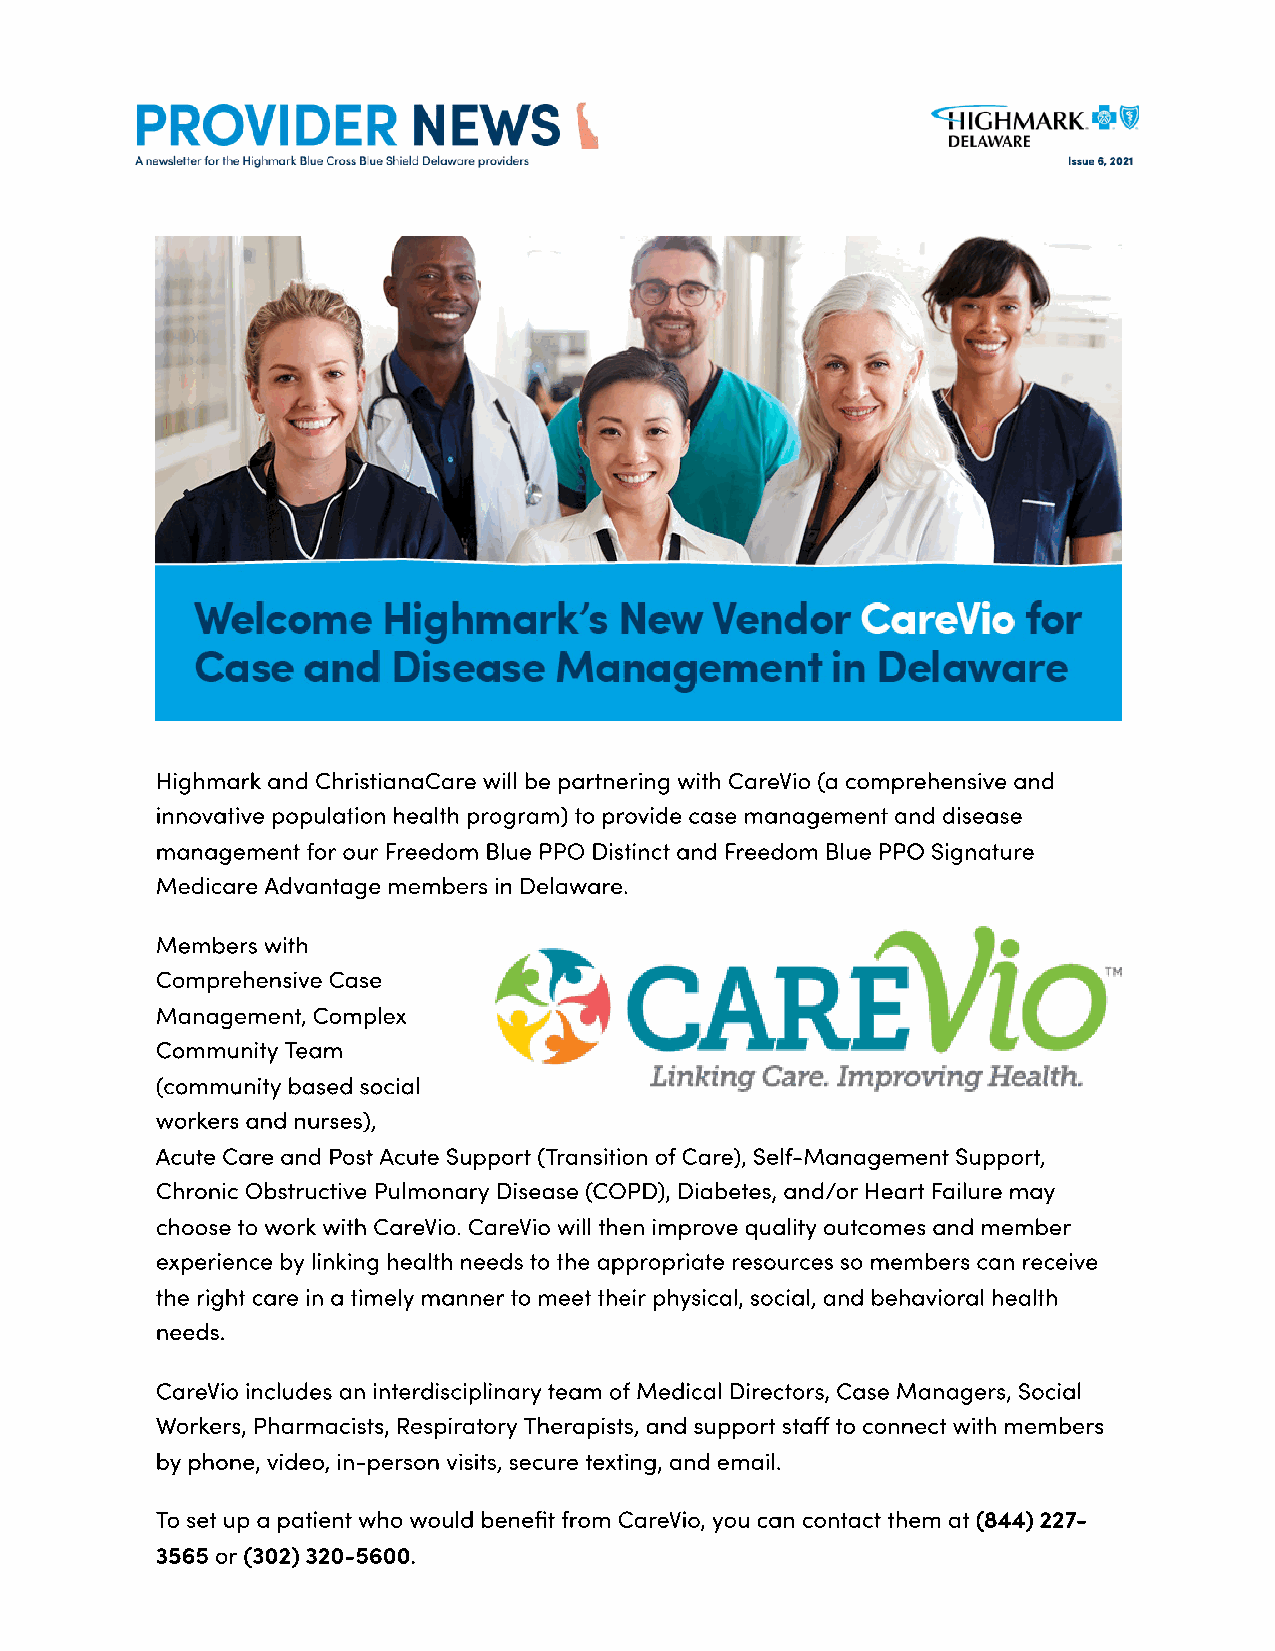
Highmark and ChristianaCare will be partnering with CareVio (a comprehensive and
 innovative population health program) to provide case management and disease
 management for our Freedom Blue PPO Distinct and Freedom Blue PPO Signature
 Medicare Advantage members in Delaware.
 Members with
 Comprehensive Case
 Management, Complex
 Community Team
 (community based social
 workers and nurses),
 Acute Care and Post Acute Support (Transition of Care), Self-Management Support,
 Chronic Obstructive Pulmonary Disease (COPD), Diabetes, and/or Heart Failure may
 choose to work with CareVio. CareVio will then improve quality outcomes and member
 experience by linking health needs to the appropriate resources so members can receive
 the right care in a timely manner to meet their physical, social, and behavioral health
 needs.
 CareVio includes an interdisciplinary team of Medical Directors, Case Managers, Social
 Workers, Pharmacists, Respiratory Therapists, and support sta to connect with members
 by phone, video, in-person visits, secure texting, and email.
 To set up a patient who would benet from CareVio, you can contact them at (844) 227-
 3565 or (302) 320-5600.